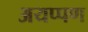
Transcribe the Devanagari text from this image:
अयप्पण